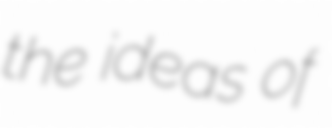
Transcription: the ideas of